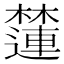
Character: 㰈